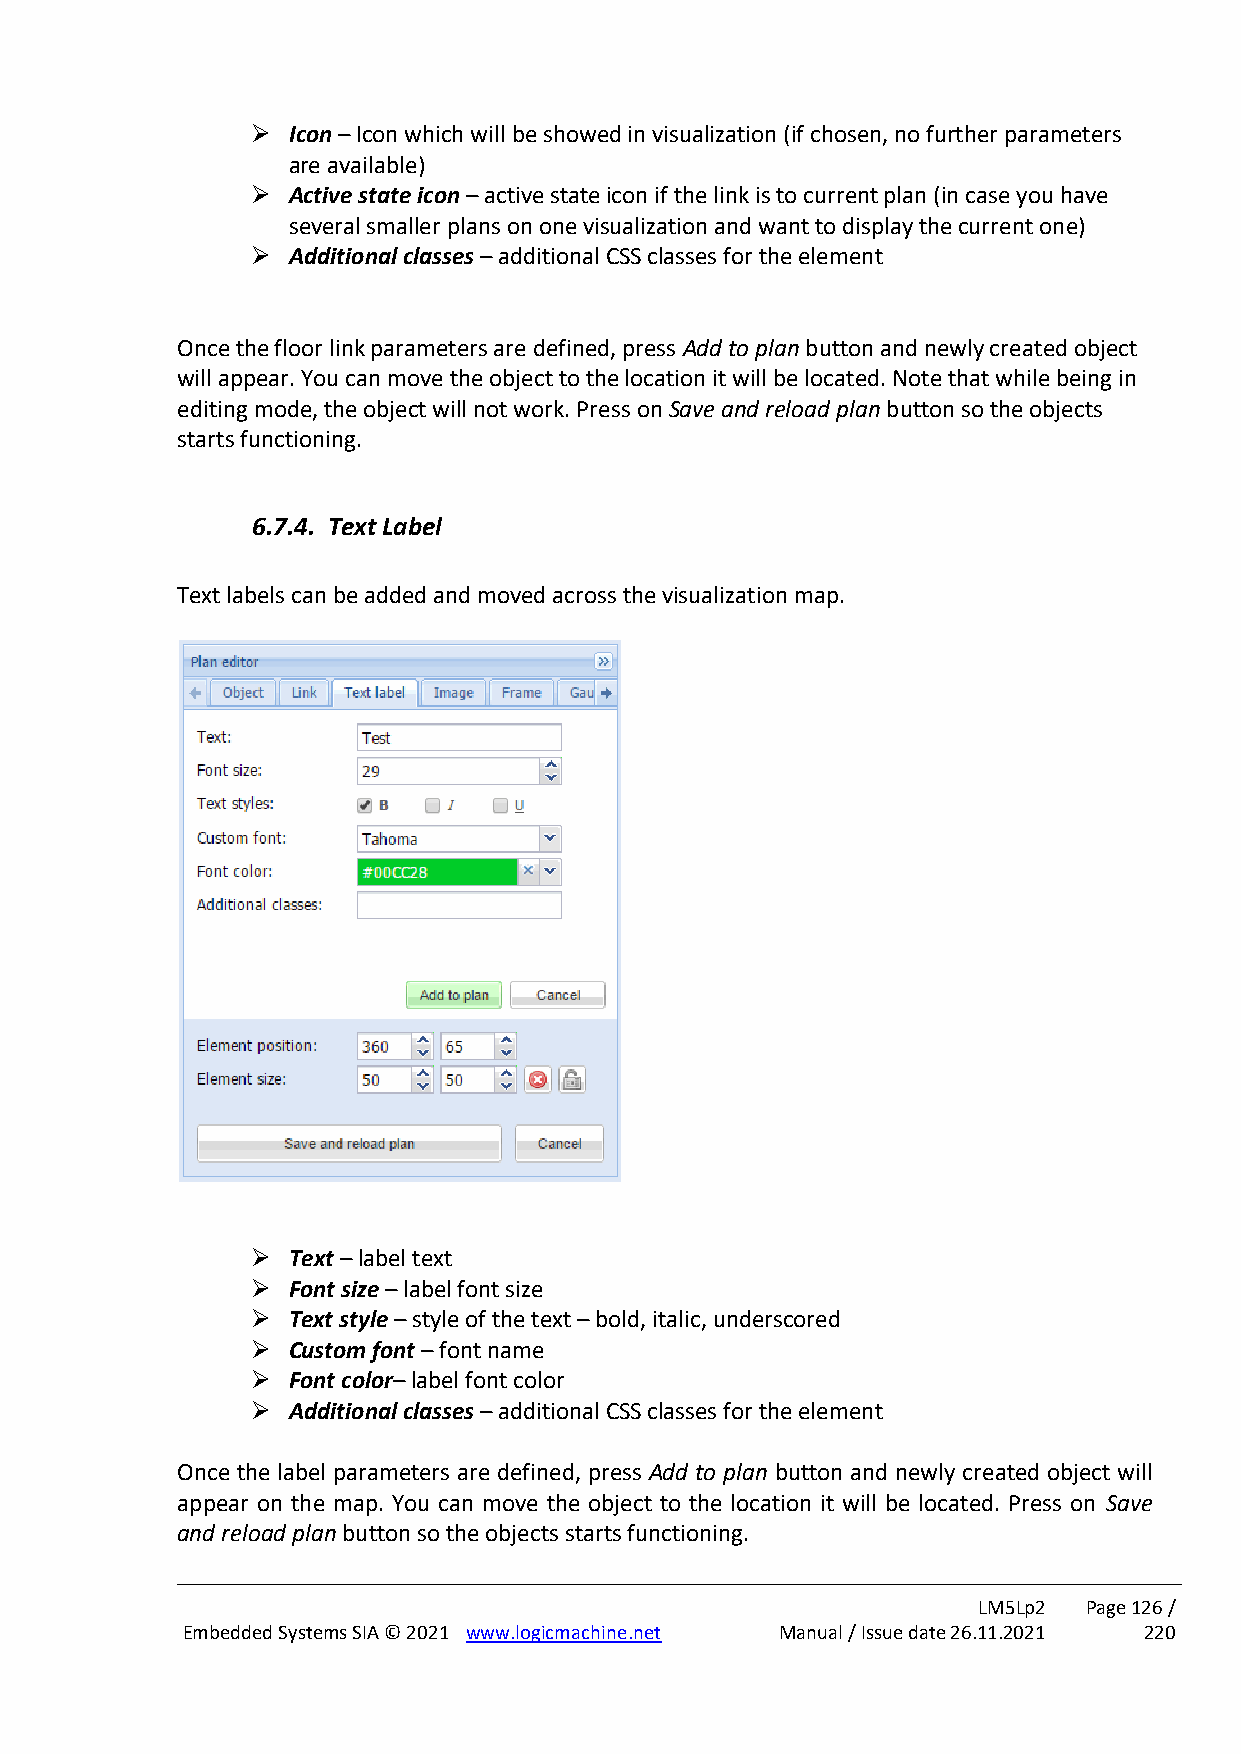
➢ Icon – Icon which will be showed in visualization (if chosen, no further parameters
 are available)
 ➢ Active state icon – active state icon if the link is to current plan (in case you have
 several smaller plans on one visualization and want to display the current one)
 ➢ Additional classes – additional CSS classes for the element
 Once the floor link parameters are defined, press Add to plan button and newly created object
 will appear. You can move the object to the location it will be located. Note that while being in
 editing mode, the object will not work. Press on Save and reload plan button so the objects
 starts functioning.
 6.7.4. Text Label
 Text labels can be added and moved across the visualization map.
 ➢ Text – label text
 ➢ Font size – label font size
 ➢ Text style – style of the text – bold, italic, underscored
 ➢ Custom font – font name
 ➢ Font color– label font color
 ➢ Additional classes – additional CSS classes for the element
 Once the label parameters are defined, press Add to plan button and newly created object will
 appear on the map. You can move the object to the location it will be located. Press on Save
 and reload plan button so the objects starts functioning.
 LM5Lp2 Page 126 /
 Embedded Systems SIA © 2021 www.logicmachine.net Manual / Issue date 26.11.2021 220